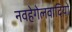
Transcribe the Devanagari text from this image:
नवहेगेलवादियों